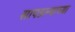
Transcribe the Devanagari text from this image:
सापडल्याच्या